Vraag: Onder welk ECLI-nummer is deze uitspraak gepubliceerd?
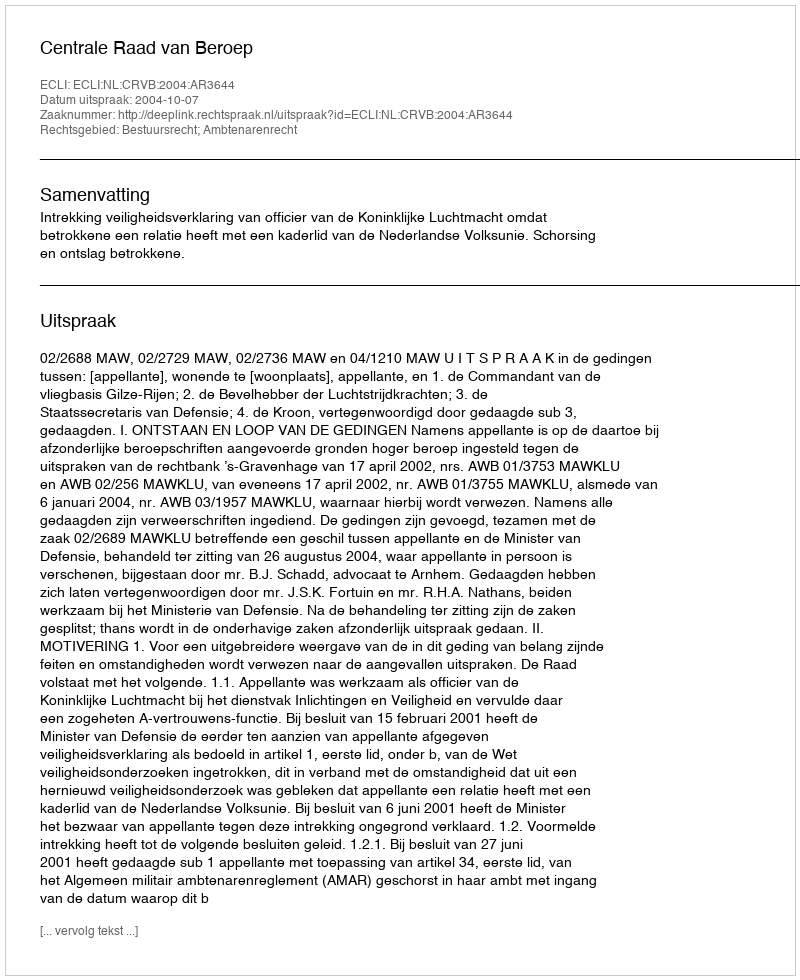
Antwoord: ECLI:NL:CRVB:2004:AR3644